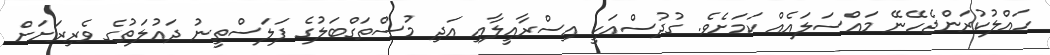
ހައްލުކުރަންޖެހޭނޭ މައްސަލައެއް ކަމަށެވެ. ގުދުސްއަކީ އިސްރާއީލާއި އަދި މުސްތަގްބަލުގެ ފަލަސްތީނު ދައުލަތުގެ ވެރިރަށަށް